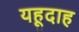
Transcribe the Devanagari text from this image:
यहूदाह